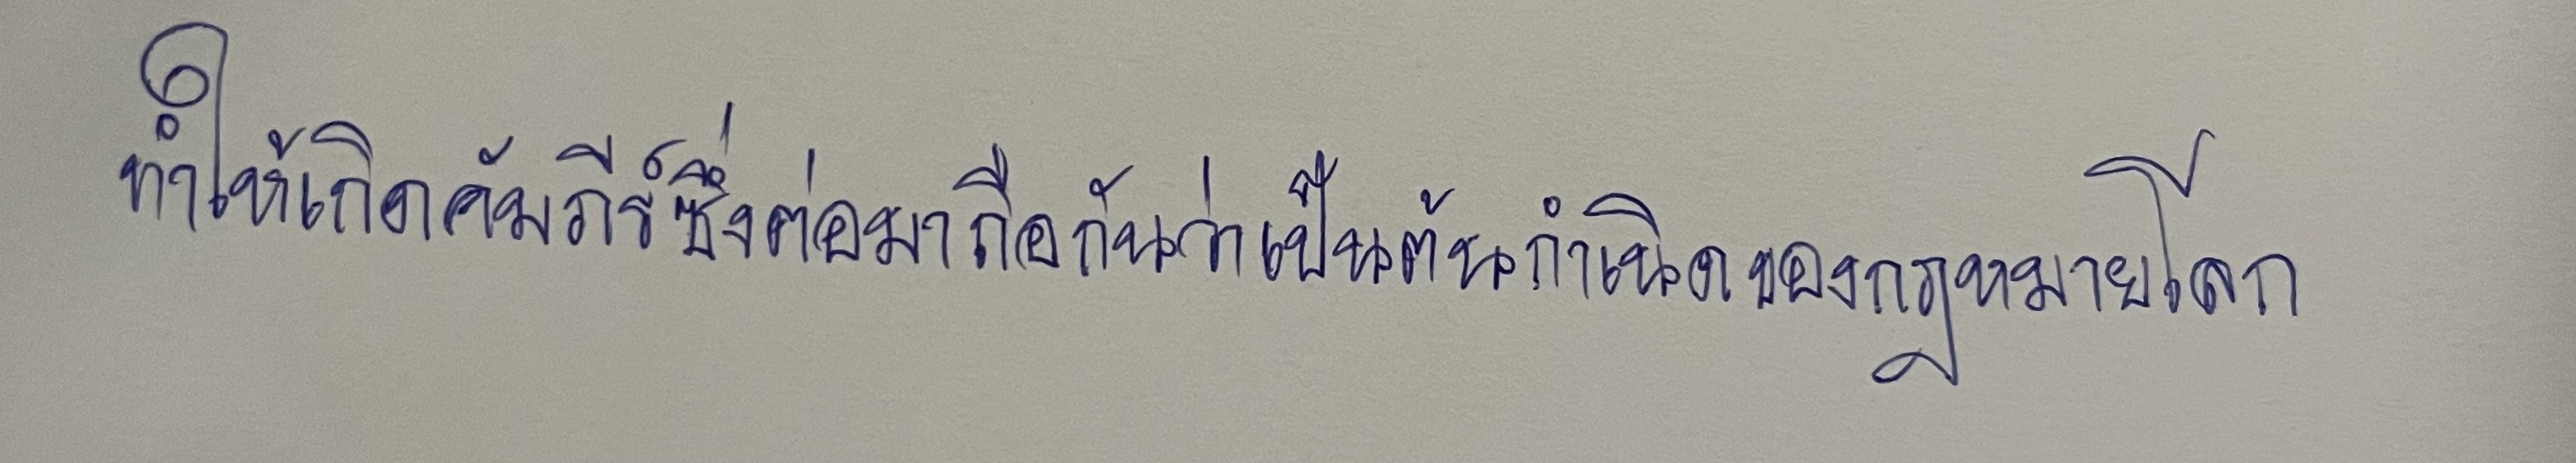
ทำให้เกิดคัมภีร์ซึ่งต่อมาถือกันว่าเป็นต้นกำเนิดของกฎหมายโลก